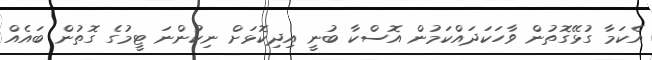
އެކަމާ ގުޅޭގޮތުން ވާހަކަދައްކަމުން އޮސްކާ ބުނީ އިދިކޮޅަށް ނިކުންނަ ޓީމުގެ ގޮތުން ބައެއް